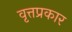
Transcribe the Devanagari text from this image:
वृत्तप्रकार